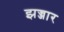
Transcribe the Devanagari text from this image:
झज्जार